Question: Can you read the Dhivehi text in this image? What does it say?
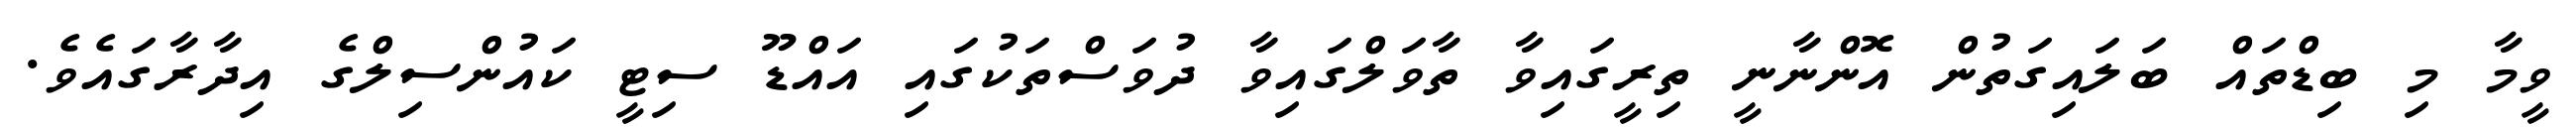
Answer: ވީމާ މި ބިޑްތައް ބަލައިގަތުން އޮންނާނީ ތިރީގައިވާ ތާވަލްގައިވާ ދުވަސްތަކުގައި އައްޑޫ ސިޓީ ކައުންސިލްގެ އިދާރާގައެވެ.